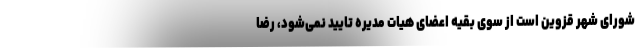
شورای شهر قزوین است از سوی بقیه اعضای هیات مدیره تایید نمی‌شود، رضا